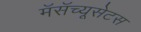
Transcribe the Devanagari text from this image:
मॅसॅच्यूसेटस